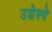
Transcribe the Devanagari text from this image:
उद्येश्ये